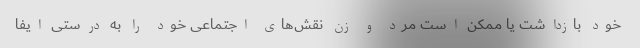
خود بازداشت یا ممکن است مرد و زن نقش‌های اجتماعی خود را به درستی ایفا